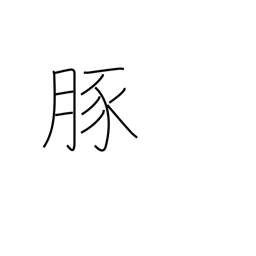
Meaning: pork